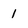
Character: 1